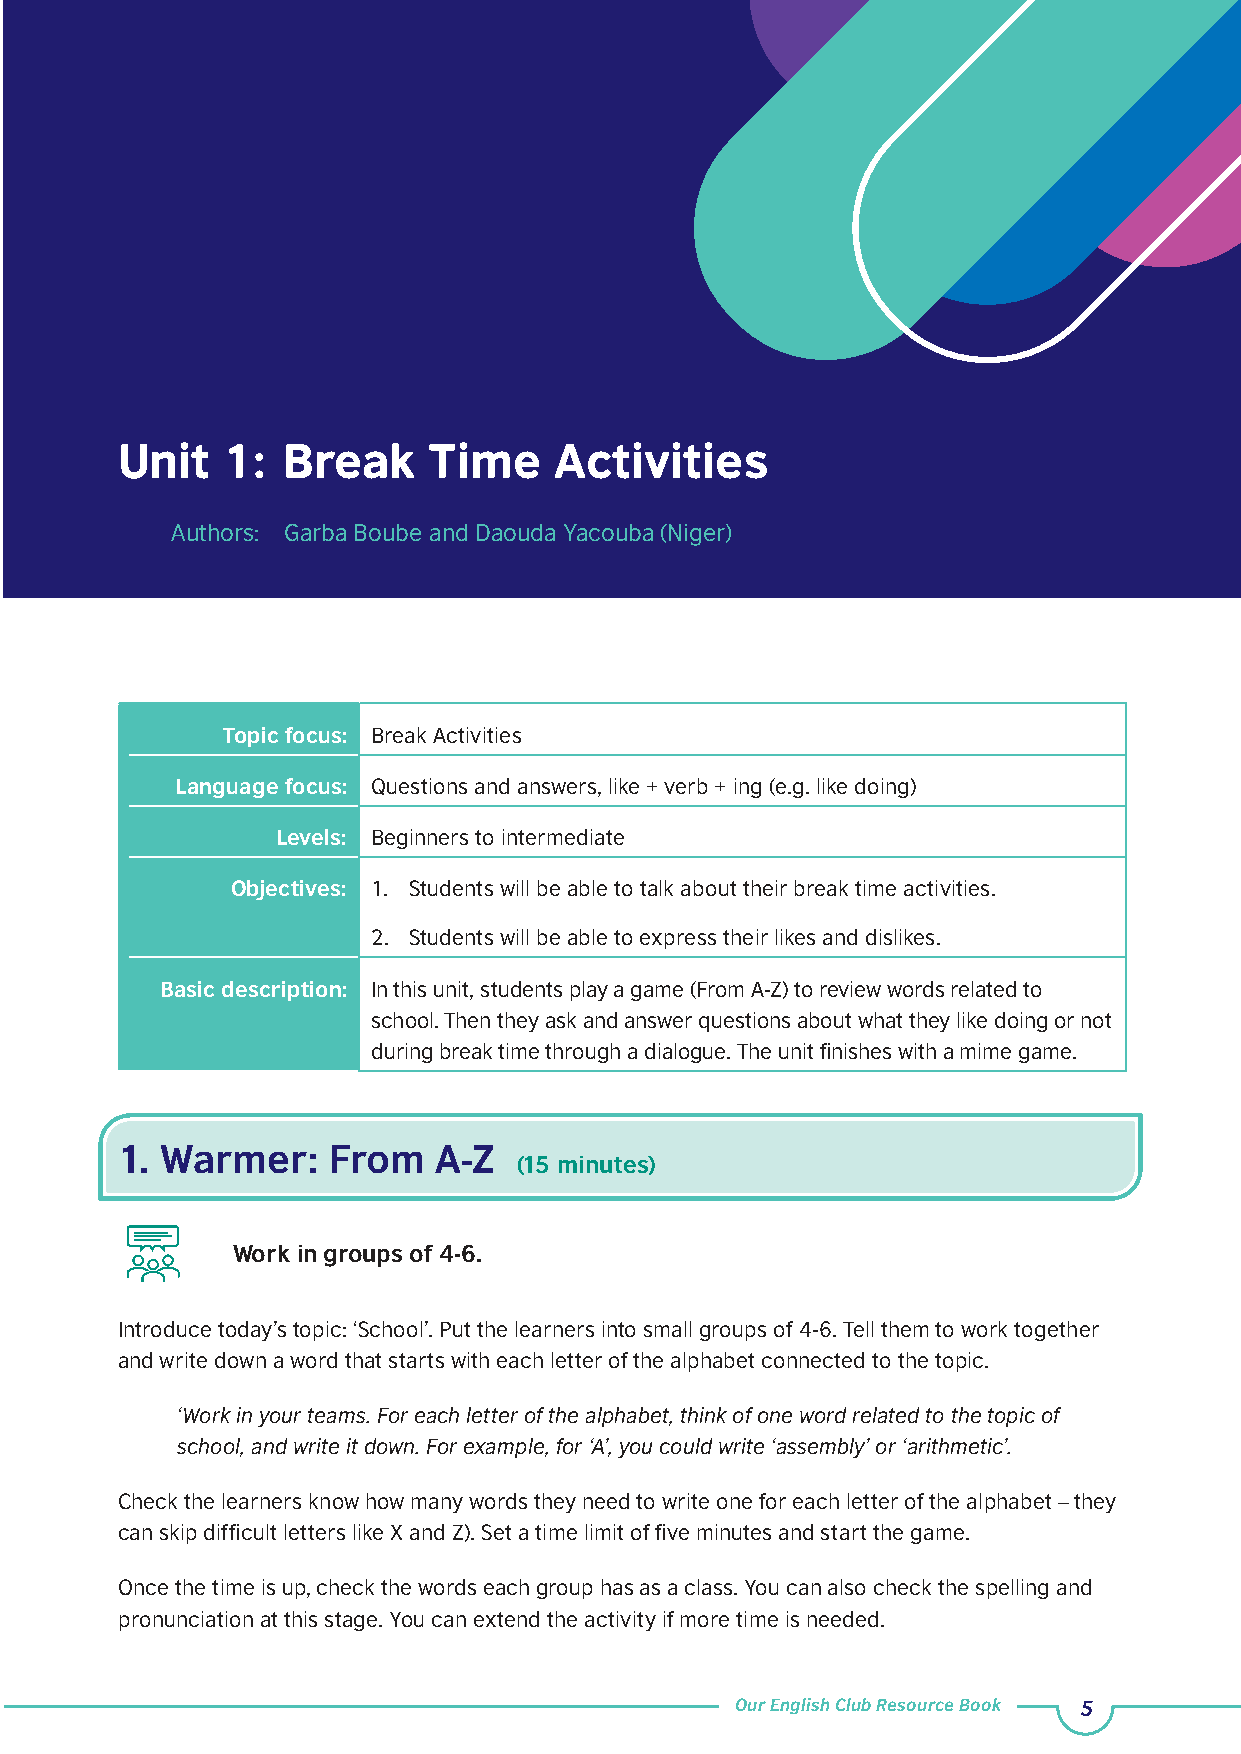
Unit   1:  Break    Time     Activities
 Authors: Garba Boube and Daouda Yacouba (Niger)
 Topic focus: Break Activities
 Language focus: Questions and answers, like + verb + ing (e.g. like doing)
 Levels: Beginners to intermediate
 Objectives: 1. Students will be able to talk about their break time activities.
 2. Students will be able to express their likes and dislikes.
 Basic description: In this unit, students play a game (From A-Z) to review words related to
 school. Then they ask and answer questions about what they like doing or not
 during break time through a dialogue. The unit finishes with a mime game.
 1. Warmer:    From   A-Z
 (15 minutes)
 Work in groups of 4-6.
 Introduce today’s topic: ‘School’. Put the learners into small groups of 4-6. Tell them to work together
 and write down a word that starts with each letter of the alphabet connected to the topic.
 ‘Work in your teams. For each letter of the alphabet, think of one word related to the topic of
 school, and write it down. For example, for ‘A’, you could write ‘assembly’ or ‘arithmetic’.
 Check the learners know how many words they need to write one for each letter of the alphabet – they
 can skip difficult letters like X and Z). Set a time limit of five minutes and start the game.
 Once the time is up, check the words each group has as a class. You can also check the spelling and
 pronunciation at this stage. You can extend the activity if more time is needed.
 Our English Club Resource Book 5